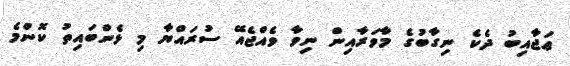
ޢަޖާއިބު ދެކެ ނިގާބުގެ މާވަރާއިން ނިވާ ވެއްޖެއޭ ސުރައްޔާ މި ޅެންބައިތު ކޮންމެ